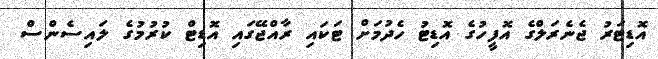
އޮޑިޓަރު ޖެނެރަލްގެ އޮފީހުގެ އޮޑިޓު ހެދުމަށް ޓަކައި ރާއްޖޭގައި އޮޑިޓް ކުރުމުގެ ލައިސެންސް